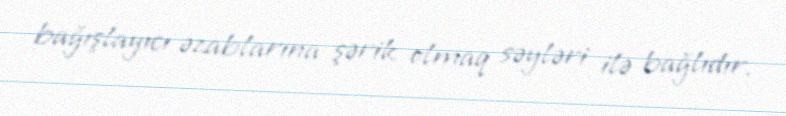
bağışlayıcı əzablarına şərik olmaq səyləri ilə bağlıdır.